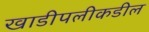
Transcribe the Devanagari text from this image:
खाडीपलीकडील